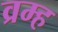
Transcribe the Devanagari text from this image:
व्रम्ह